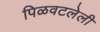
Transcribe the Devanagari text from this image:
पिळवटलेली